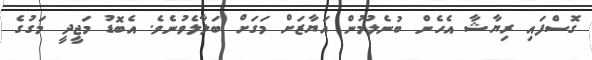
ގޮސްފައި ރިޔާޝާ އެހެން ބުނެލުމުން އަޔާޒަށް މަގަށް ބަލާލެވުނެވެ. އެބޮޑު މަޖީދީ މަގުގެ